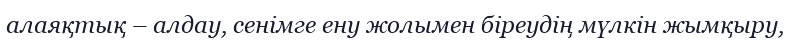
алаяқтық – алдау, сенімге ену жолымен біреудің мүлкін жымқыру,